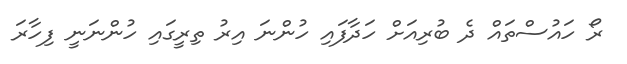
ރޯ ހައުސްތައް ދެ ބުރިއަށް ހަދާފައި ހުންނަ އިރު ތިރީގައި ހުންނަނީ ފިހާރަ